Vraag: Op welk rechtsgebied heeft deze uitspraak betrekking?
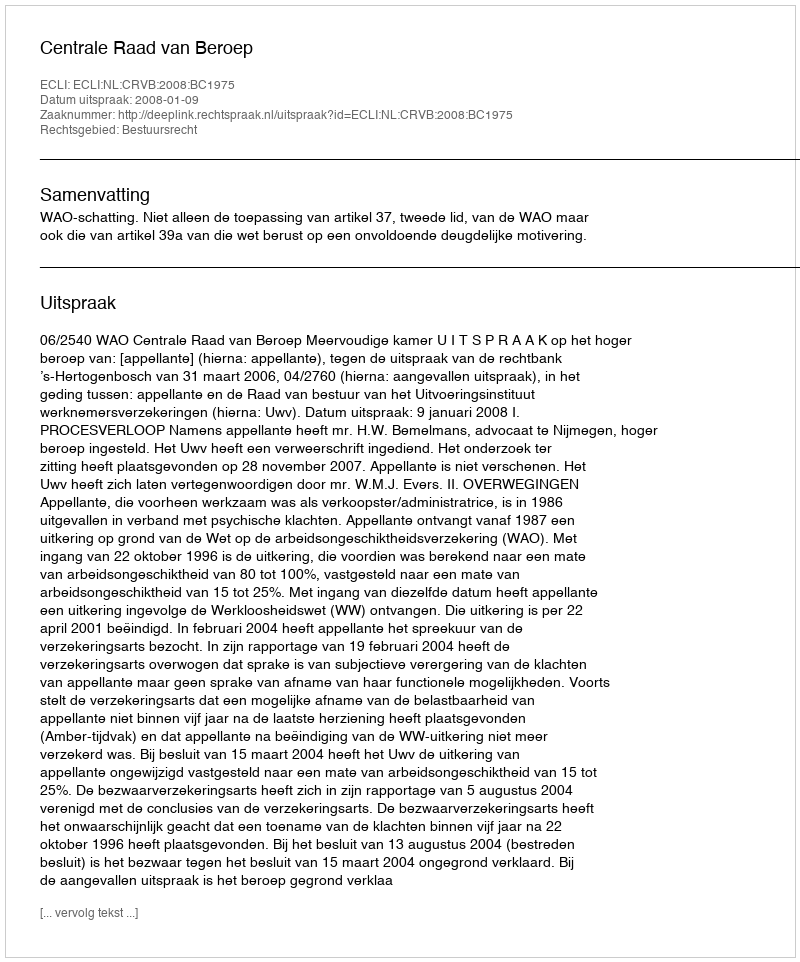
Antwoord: Bestuursrecht